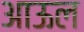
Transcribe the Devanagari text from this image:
आऊल